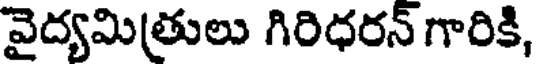
వైద్యమిత్రులు గిరిధరన్ గారికి,